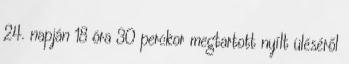
24. napján 18 óra 30 perckor megtartott nyílt üléséről